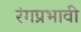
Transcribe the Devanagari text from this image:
रंगप्रभावी